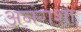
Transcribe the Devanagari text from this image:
अनंगशा